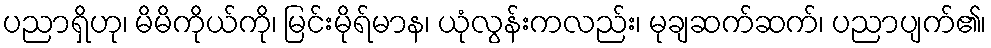
ပညာရှိဟု၊ မိမိကိုယ်ကို၊ မြင်းမိုရ်မာန၊ ယုံလွန်းကလည်း၊ မုချဆက်ဆက်၊ ပညာပျက်၏၊